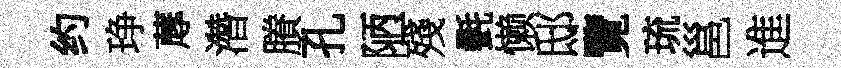
约琤蓐濳賸孔陋殘㲲懒邸覽琉邕進